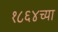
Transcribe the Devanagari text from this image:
१८६४च्या